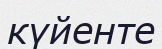
күйенте